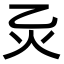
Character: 𪸍